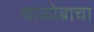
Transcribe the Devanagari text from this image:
चाळोबाचा